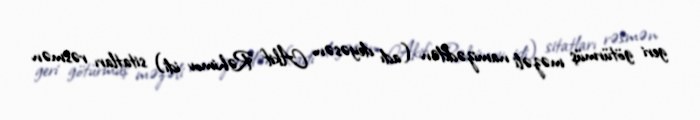
geri götürmüş məzəli namizəddən (adı deyəsən Akif Rəhimov idi) sitatları rəsmən